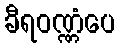
ခီရဝဏ္ဏံပေ